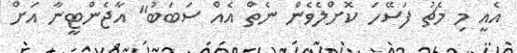
އެއީ މި މެޗު ފަސޭހަ ކޮށްލެވެން ނެތް އެއް ސަބަބު" އާޖެންޓީނާ އަށް